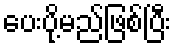
ပေးပို့မည်ဖြစ်ပြီး